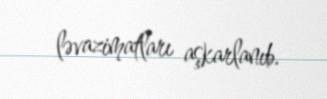
ləvazimatları aşkarlanıb.